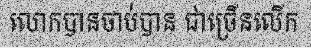
លោកបានចាប់បាន ជាច្រើនលើក